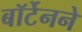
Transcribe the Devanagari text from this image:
बॉर्टेनने